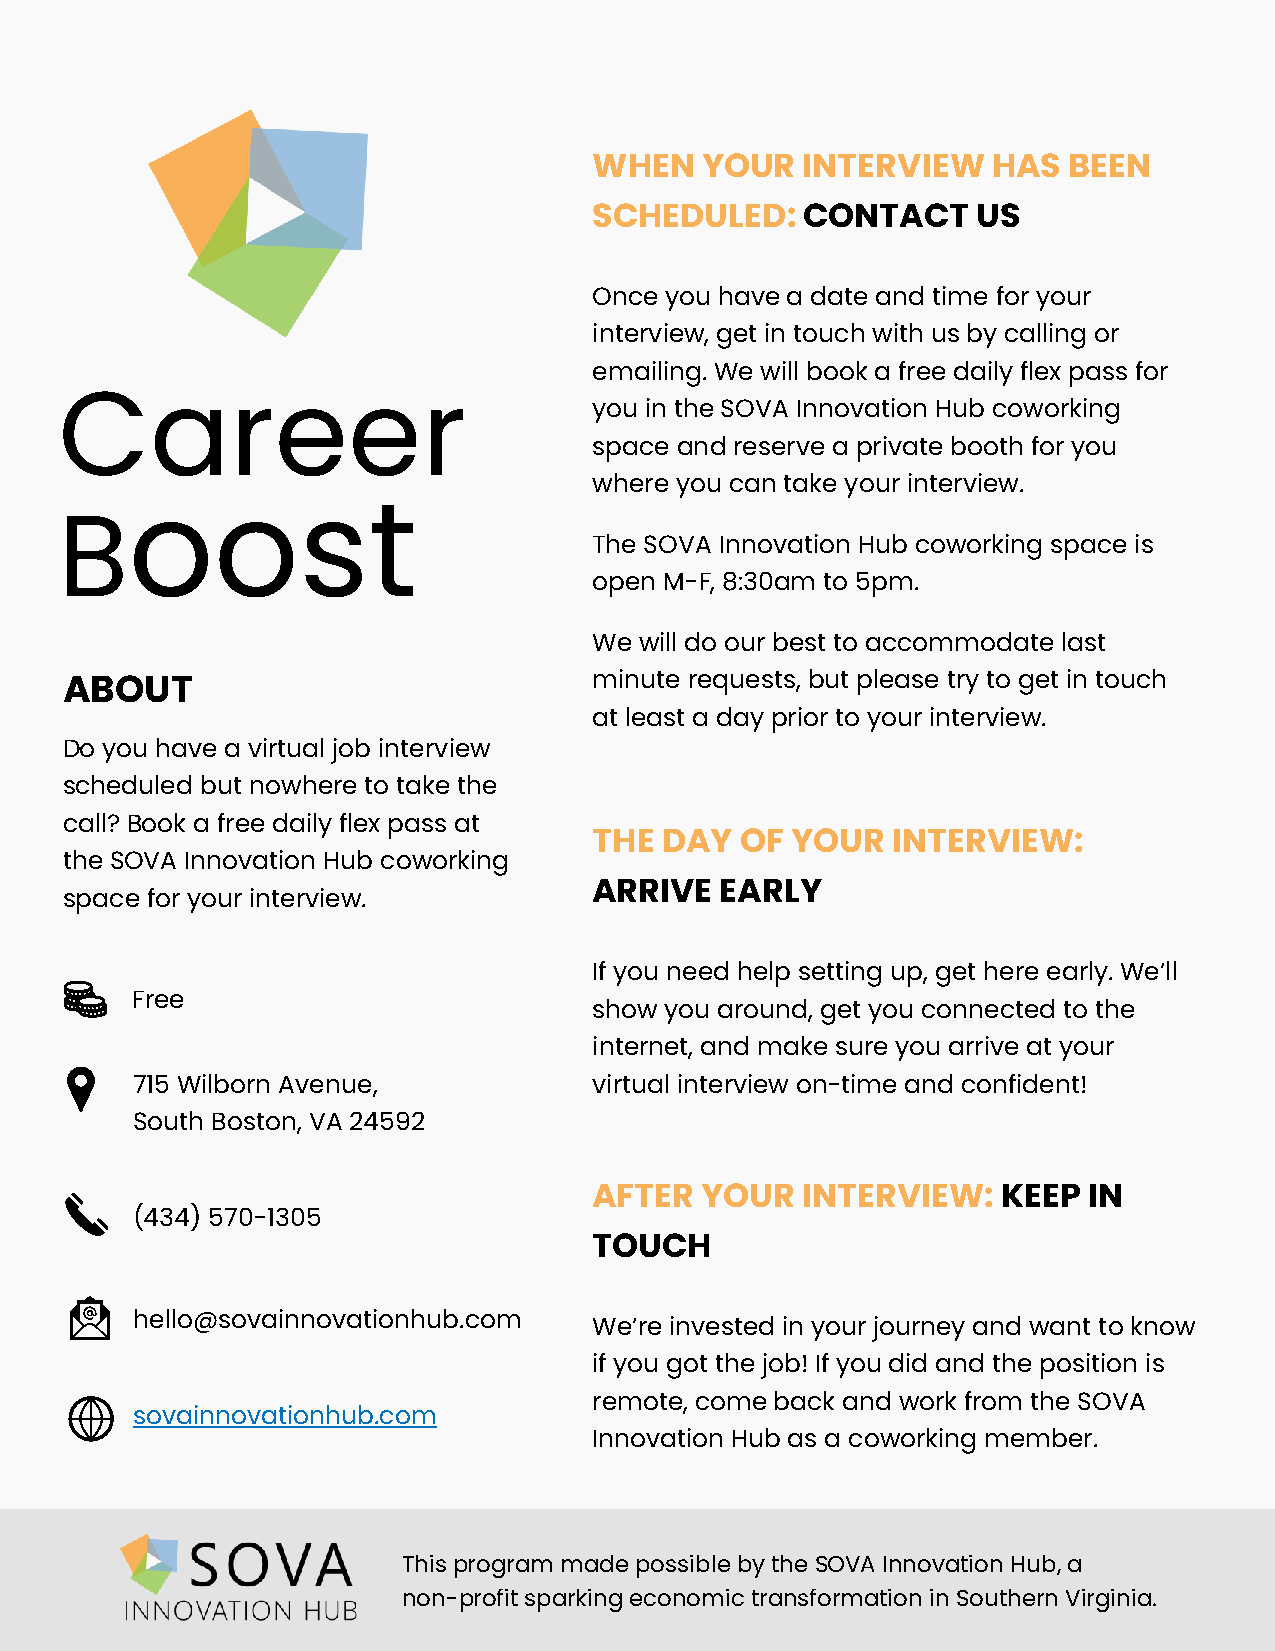
WHEN   YOUR   INTERVIEW    HAS  BEEN
 SCHEDULED:    CONTACT     US
 Once you have a date and time for your
 interview, get in touch with us by calling or
 emailing. We will book a free daily flex pass for
 Career                             you in the SOVA Innovation Hub coworking
 space and reserve a private booth for you
 where you can take your interview.
 oost
 B
 The SOVA Innovation Hub coworking space is
 open M-F, 8:30am to 5pm.
 We will do our best to accommodate last
 A BOUT                             minute requests, but please try to get in touch
 at least a day prior to your interview.
 Do you have a virtual job interview
 s cheduled but nowhere to take the
 call? Book a free daily flex pass at
 THE  DAY  OF YOUR   INTERVIEW:
 the SOVA Innovation Hub coworking
 ARRIVE   EARLY
 space for your interview.
 If you need help setting up, get here early. We’ll
 Free
 show you around, get you connected to the
 internet, and make sure you arrive at your
 715 Wilborn Avenue,           virtual interview on-time and confident!
 South Boston, VA 24592
 AFTER  YOUR   INTERVIEW:   KEEP  IN
 (434) 570-1305
 TOUCH
 hello@sovainnovationhub.com
 We’re invested in your journey and want to know
 if you got the job! If you did and the position is
 remote, come back and work from the SOVA
 sovainnovationhub.com
 Innovation Hub as a coworking member.
 This program made possible by the SOVA Innovation Hub, a
 non-profit sparking economic transformation in Southern Virginia.